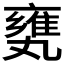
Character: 𠂅